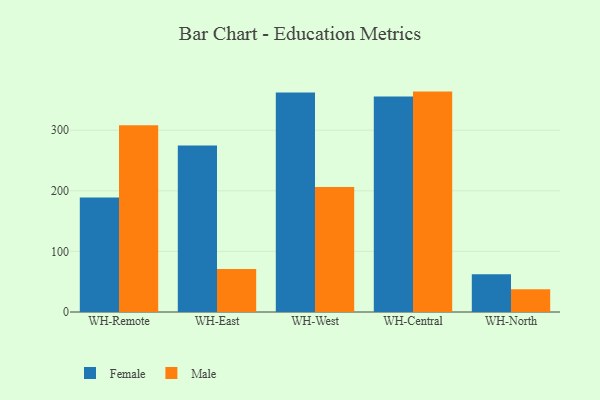
{"axis": {"x": "Warehouse", "y": "LTV (USD)"}, "legend": ["Female", "Male"], "data": [{"x": "WH-Remote", "y": 189.0, "type": "Female"}, {"x": "WH-Remote", "y": 308.2, "type": "Male"}, {"x": "WH-East", "y": 274.9, "type": "Female"}, {"x": "WH-East", "y": 71.0, "type": "Male"}, {"x": "WH-West", "y": 362.1, "type": "Female"}, {"x": "WH-West", "y": 206.3, "type": "Male"}, {"x": "WH-Central", "y": 355.6, "type": "Female"}, {"x": "WH-Central", "y": 363.7, "type": "Male"}, {"x": "WH-North", "y": 62.1, "type": "Female"}, {"x": "WH-North", "y": 37.7, "type": "Male"}]}